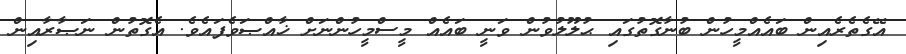
އޭގެތެރެއިން ބައެއްމީހުން ބުނާގޮތުގައި ޙުލޫލުވުން ވަނީ ބައެއް މީސްމީހުންނަށް ޚާއްޞަވެފައެވެ. އެގޮތުން ނަޞާރާއިން